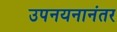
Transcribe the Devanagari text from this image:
उपनयनानंतर